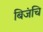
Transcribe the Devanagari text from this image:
बिजंचि